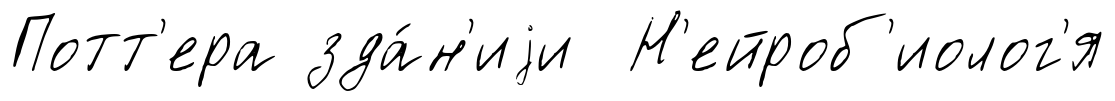
Потт'ера зда́н'иjи Н'ейроб'иолог'я